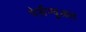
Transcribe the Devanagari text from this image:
पेर्सेप्चुअल